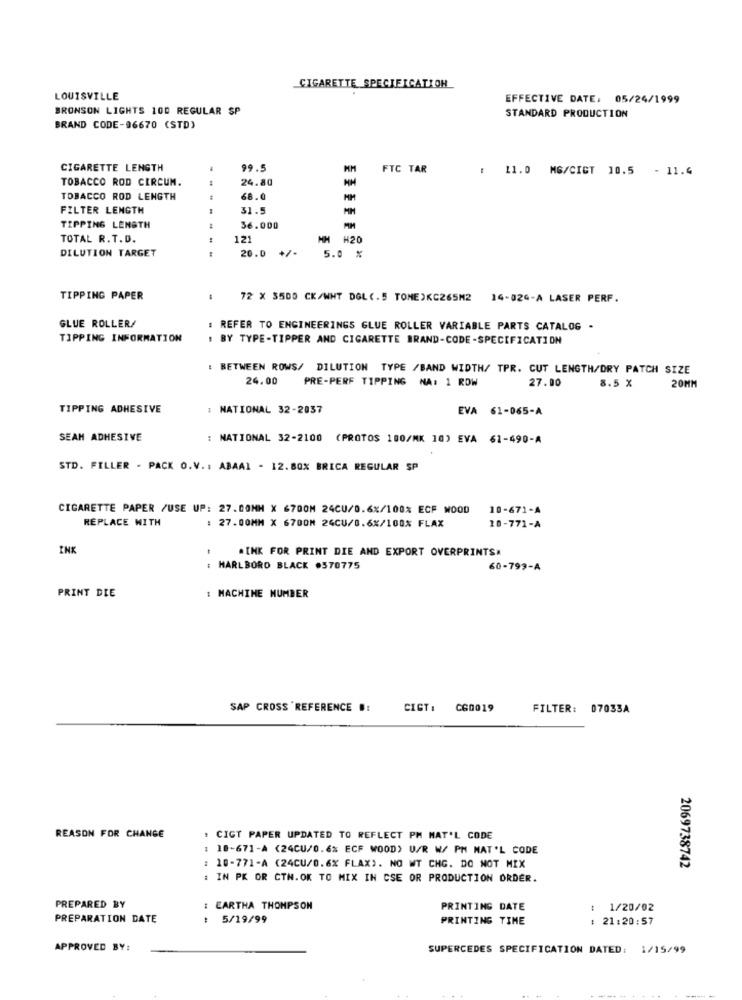
CIGARETTE SPECIFICATION
LOUISVILLE
EFFECTIVE DATE: 05/24/1999
BRONSON LIGHTS 100 REGULAR SP
STANDARD PRODUCTION
BRAND CODE-96670 (STD)
CIGARETTE LENGTH
.
99.5
MM FTC TAR
: 11.0 MG/CICT 10.5 - 11.4
TOBACCO ROD CIRCUM.
24.80
TOBACCO ROD LENGTH
68.0
FILTER LENGTH
31.5
TIPPING LENGTH
36.000
TOTAL R.T.D.
121
MH H20
20.0 +/-
DILUTION TARGET
---
5.0 %
TIPPING PAPER
72 X 3500 CK/WHT DGL(. 5 TONE)KC265M2
14-024-A LASER PERF.
GLUE ROLLER/
REFER TO ENGINEERINGS GLUE ROLLER VARIABLE PARTS CATALOG -
TIPPING INFORMATION
: BY TYPE-TIPPER AND CIGARETTE BRAND-CODE -SPECIFICATION
: BETWEEN ROWS/ DILUTION TYPE /BAND WIDTH/ TPR. CUT LENGTH/DRY PATCH SIZE
24.00
PRE-PERF TIPPING NA: 1 RDW
27.00
8.5 X
20MM
TIPPING ADHESIVE
: NATIONAL 32-2037
EVA 61-065-A
SEAM ADHESIVE
: NATIONAL 32-2100 (PROTOS 100/MK 10) EVA 61-490-A
STD. FILLER - PACK O.V. : ABAAL - 12.80% BRICA REGULAR SP
CIGARETTE PAPER /USE UP: 27.00MM X 6700M 24CU/0.6%/100% ECF WOOD
10-671-A
REPLACE WITH
27.00MM X 6700M 24CU/0.6%/100% FLAX
10-771-A
INK
.INK FOR PRINT DIE AND EXPORT OVERPRINTS
: MARLBORO BLACK .370775
60-799-A
PRINT DIE
: MACHINE NUMBER
SAP CROSS REFERENCE #:
CIGT :
C60019
FILTER: 07033A
REASON FOR CHANGE
: CIGT PAPER UPDATED TO REFLECT PM MAT'L CODE
: 18-671-À (24CU/0.6% ECF WOOD) U/R W/ PM NAT'L CODE
: 10-771-A (24CU/0.6% FLAX). NO WT CHG. DO NOT MIX
2069738742
: IN PK OR CTN.OK TO MIX IN CSE OR PRODUCTION ORDER.
PREPARED BY
: CARTHA THOMPSON
PRINTING DATE
: 1/20/02
PREPARATION DATE
5/19/99
PRINTING TIME
: 21:20:57
APPROVED BY:
SUPERCEDES SPECIFICATION DATED: 1/15/99